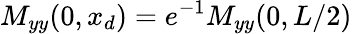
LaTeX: M_{yy}(0,x_{d})=e^{-1}M_{yy}(0,L/2)